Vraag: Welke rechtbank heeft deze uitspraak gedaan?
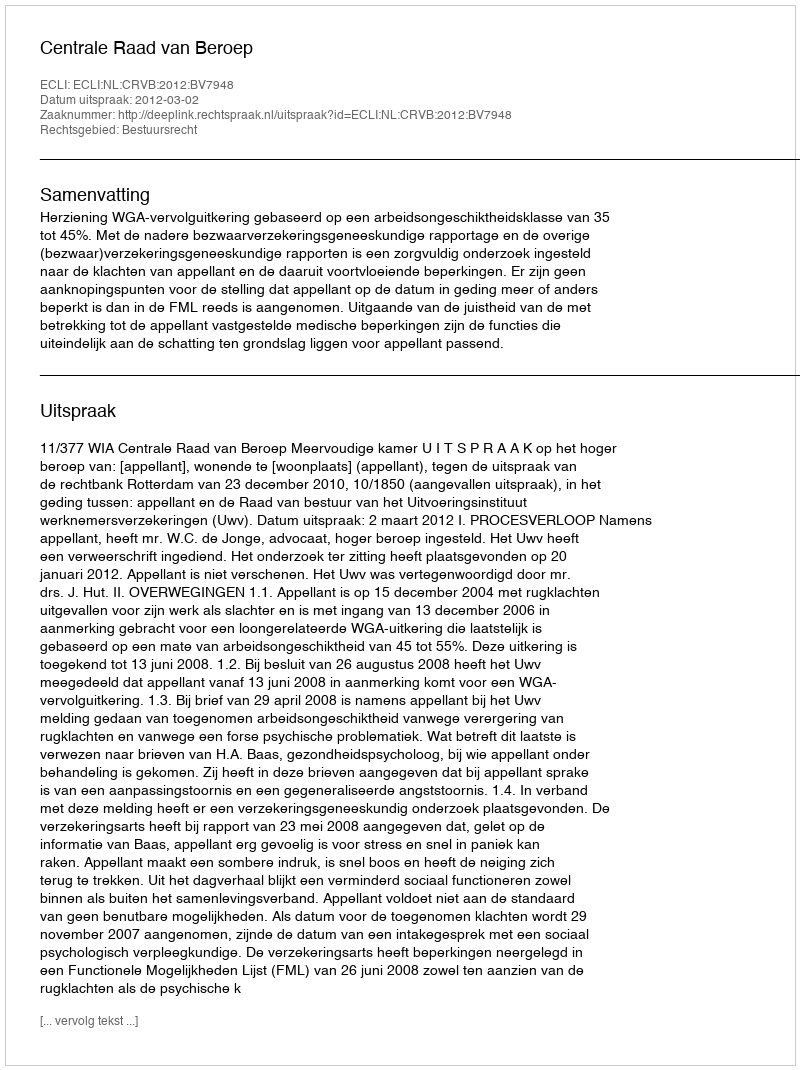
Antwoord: Centrale Raad van Beroep